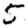
Digit: 5